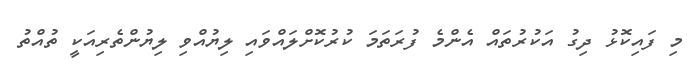
މި ފައިކޮޅު ދިގު އަކުރުތައް އެންމެ ފުރަތަމަ ކުރުކޮށްލައްވައި ލިޔުއްވި ލިޔުންތެރިއަކީ ތުއްތު